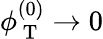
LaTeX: \phi_{\mathrm{~T~}}^{(0)}\rightarrow 0